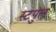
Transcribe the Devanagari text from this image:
स्टपुल